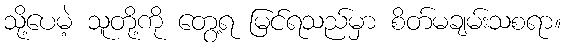
သို့ပေမဲ့ သူတို့ကို တွေ့ရ မြင်ရသည်မှာ စိတ်မချမ်းသစရာ။